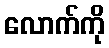
လောက်ကို